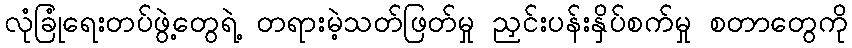
လုံခြုံရေးတပ်ဖွဲ့တွေရဲ့ တရားမဲ့သတ်ဖြတ်မှု ညှင်းပန်းနှိပ်စက်မှု စတာတွေကို